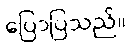
ပြောပြသည်။